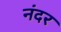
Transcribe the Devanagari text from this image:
नंदर